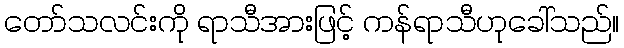
တော်သလင်းကို ရာသီအားဖြင့် ကန်ရာသီဟုခေါ်သည်။